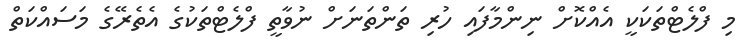
މި ފްލެޓްތަކަކީ އެއްކޮށް ނިންމާފައި ހުރި ތަންތަނަށް ނުވާތީ ފްލެޓްތަކުގެ އެތެރޭގެ މަސައްކަތް